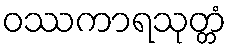
ဝဿကာရသုတ္တံ